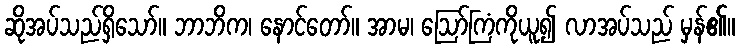
ဆိုအပ်သည်ရှိသော်။ ဘာဘိက၊ နောင်တော်။ အာမ၊ ဩော်ကြံကိုယူ၍ လာအပ်သည် မှန်၏။